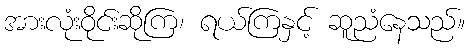
အားလုံးဝိုင်းဆိုကြ၊ ရယ်ကြနှင့် ဆူညံနေသည်။